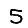
Digit: 5